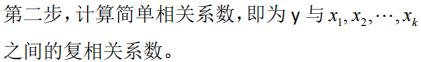
第二步，计算简单相关系数，即为$y$与$x_1,x_2,\cdots,x_k$之间的复相关系数。